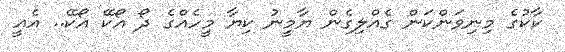
ކާކުގެ މިނިވަންކަން ގެއްލިގެން ޔާމީނު ކިޔާ މީހެއްގެ ދޯ އޯކޭ އޯކޭ.. އެއީ